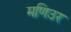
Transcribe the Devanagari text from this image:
मणिउर